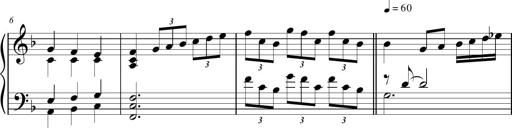
Title: Sonatina para Piano No.1
Composer: Vazel Merenzeine
Key: F major